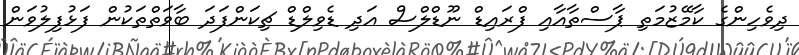
ދިވެހިންގެ ކާމޭޒުމަތި ޕާސްތާއާއި ފްރައިޑް ނޫޑްލްސް އަދި ޑެވިލްޑް ޗިކަންފަދަ ބާވަތްތަކުން ފަޅުފިލުވަން